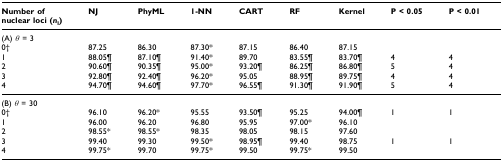
<table><thead><tr><td><b>Number ofnuclear loci (<i>n</i><sub>l</sub>)</b></td><td><b>NJ</b></td><td><b>PhyML</b></td><td><b>1-NN</b></td><td><b>CART</b></td><td><b>RF</b></td><td><b>Kernel</b></td><td><b>P &lt; 0.05</b></td><td><b>P &lt; 0.01</b></td></tr></thead><tbody><tr><td>(A) <i>θ </i>= 3</td><td></td><td></td><td></td><td></td><td></td><td></td><td></td><td></td></tr><tr><td>0 †</td><td>87.25</td><td>86.30</td><td>87.30*</td><td>87.15</td><td>86.40</td><td>87.15</td><td></td><td></td></tr><tr><td>1</td><td>88.05 ¶</td><td>87.10 ¶</td><td>91.40 *</td><td>89.70</td><td>83.55 ¶</td><td>83.70 ¶</td><td>4</td><td>4</td></tr><tr><td>2</td><td>90.60 ¶</td><td>90.35 ¶</td><td>95.00 *</td><td>93.20 ¶</td><td>86.25 ¶</td><td>86.80 ¶</td><td>5</td><td>4</td></tr><tr><td>3</td><td>92.80 ¶</td><td>92.40 ¶</td><td>96.20 *</td><td>95.05</td><td>88.95 ¶</td><td>89.75 ¶</td><td>4</td><td>4</td></tr><tr><td>4</td><td>94.70 ¶</td><td>94.60 ¶</td><td>97.70 *</td><td>96.55 ¶</td><td>91.30 ¶</td><td>91.90 ¶</td><td>5</td><td>4</td></tr><tr><td>(B) <i>θ </i>= 30</td><td></td><td></td><td></td><td></td><td></td><td></td><td></td><td></td></tr><tr><td>0 †</td><td>96.10</td><td>96.20 *</td><td>95.55</td><td>93.50 ¶</td><td>95.25</td><td>94.00 ¶</td><td>1</td><td>1</td></tr><tr><td>1</td><td>96.00</td><td>96.20</td><td>96.80</td><td>95.95</td><td>97.00*</td><td>96.10</td><td></td><td></td></tr><tr><td>2</td><td>98.55*</td><td>98.55*</td><td>98.35</td><td>98.05</td><td>98.15</td><td>97.60</td><td></td><td></td></tr><tr><td>3</td><td>99.40</td><td>99.30</td><td>99.50 *</td><td>98.95 ¶</td><td>99.40</td><td>98.75</td><td>1</td><td>1</td></tr><tr><td>4</td><td>99.75 *</td><td>99.70</td><td>99.75 *</td><td>99.50</td><td>99.75 *</td><td>99.50</td><td></td><td></td></tr></tbody></table>